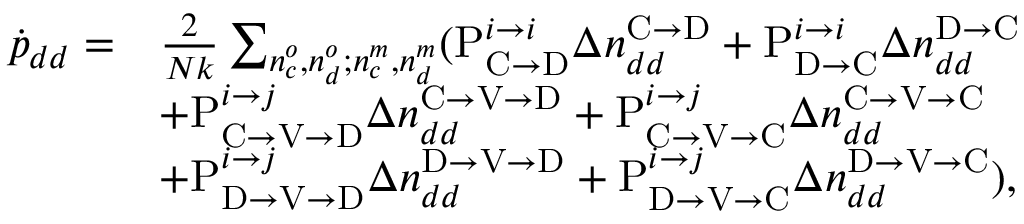
\begin{array} { r l } { \dot { p } _ { d d } = } & { \frac { 2 } { N k } \sum _ { n _ { c } ^ { o } , n _ { d } ^ { o } ; n _ { c } ^ { m } , n _ { d } ^ { m } } ( \mathrm { P } _ { \mathrm { C } \rightarrow \mathrm { D } } ^ { i \rightarrow i } \Delta n _ { d d } ^ { \mathrm { C } \rightarrow \mathrm { D } } + \mathrm { P } _ { \mathrm { D } \rightarrow \mathrm { C } } ^ { i \rightarrow i } \Delta n _ { d d } ^ { \mathrm { D } \rightarrow \mathrm { C } } } \\ & { + \mathrm { P } _ { \mathrm { C } \rightarrow \mathrm { V } \rightarrow \mathrm { D } } ^ { i \rightarrow j } \Delta n _ { d d } ^ { \mathrm { C } \rightarrow \mathrm { V } \rightarrow \mathrm { D } } + \mathrm { P } _ { \mathrm { C } \rightarrow \mathrm { V } \rightarrow \mathrm { C } } ^ { i \rightarrow j } \Delta n _ { d d } ^ { \mathrm { C } \rightarrow \mathrm { V } \rightarrow \mathrm { C } } } \\ & { + \mathrm { P } _ { \mathrm { D } \rightarrow \mathrm { V } \rightarrow \mathrm { D } } ^ { i \rightarrow j } \Delta n _ { d d } ^ { \mathrm { D } \rightarrow \mathrm { V } \rightarrow \mathrm { D } } + \mathrm { P } _ { \mathrm { D } \rightarrow \mathrm { V } \rightarrow \mathrm { C } } ^ { i \rightarrow j } \Delta n _ { d d } ^ { \mathrm { D } \rightarrow \mathrm { V } \rightarrow \mathrm { C } } ) , } \end{array}